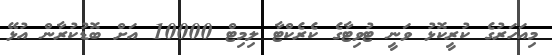
މިއަހަރުގެ ކުރީކޮޅު ވަނީ ޓުވިޓާގެ ކެރެކްޓާ ލިމިޓް 10000 އަށް ބޮޑުކުރާން އުޅޭ